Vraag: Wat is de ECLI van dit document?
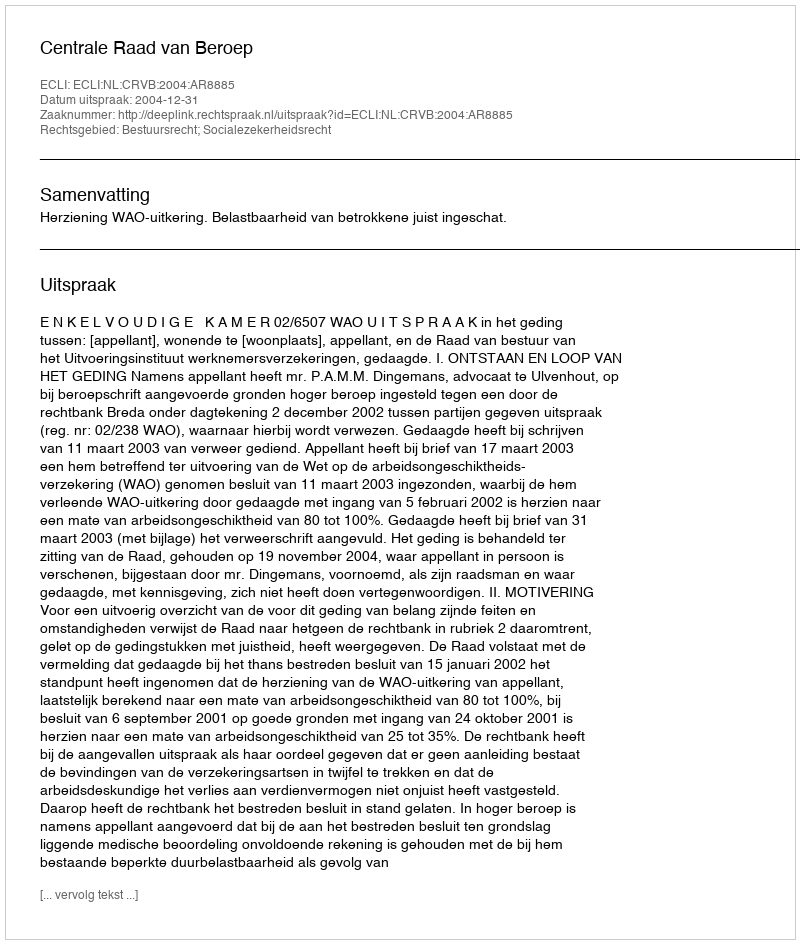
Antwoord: ECLI:NL:CRVB:2004:AR8885